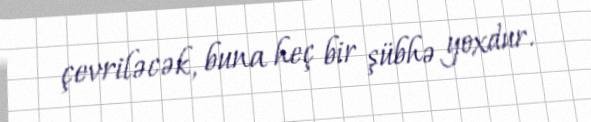
çevriləcək, buna heç bir şübhə yoxdur.